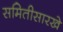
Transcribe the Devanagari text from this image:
समितीसारखे